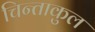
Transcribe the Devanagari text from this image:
चिन्ताकुल